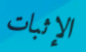
الإثبات